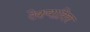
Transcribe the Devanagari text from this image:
रेकयाविक